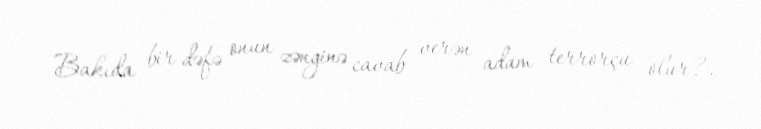
Bakıda bir dəfə onun zənginə cavab verən adam terrorçu olur?.